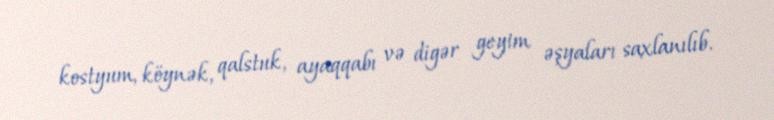
kostyum, köynək, qalstuk, ayaqqabı və digər geyim əşyaları saxlanılıb.